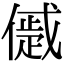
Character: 𠏔